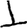
Digit: 1